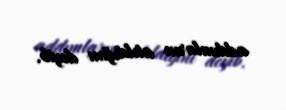
addımların atıldığını deyib.